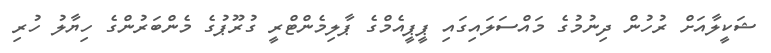
ޝަކީލާއަށް ރުހުން ދިނުމުގެ މައްސަލައިގައި ޕީޕީއެމްގެ ޕާލިމެންޓްރީ ގުރޫޕުގެ މެންބަރުންގެ ހިޔާލު ހުރި